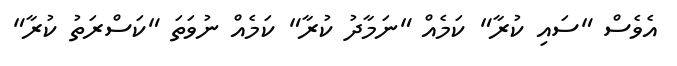
އެވެސް "ސައި ކުރާ" ކަމެއް "ނަމާދު ކުރާ" ކަމެއް ނުވަތަ "ކަސްރަތު ކުރާ"